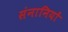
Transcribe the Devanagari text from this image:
संनानियों